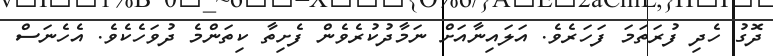
ދޮގު ހެދި ފުރަތަމަ ފަހަރެވެ. އަލައިނާއަށް ނަމާދުކުރެވެން ފެށިތާ ކިތަންމެ ދުވަހެކެވެ. އެހެނަސް